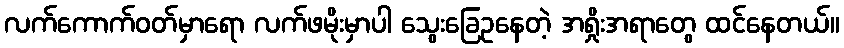
လက်ကောက်ဝတ်မှာရော လက်ဖမိုးမှာပါ သွေးခြေဥနေတဲ့ အရှိုးအရာတွေ ထင်နေတယ်။